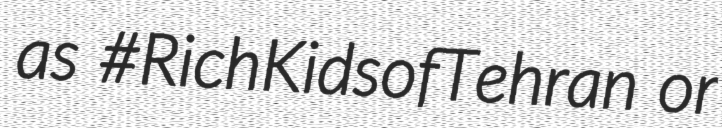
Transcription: as #RichKidsofTehran or